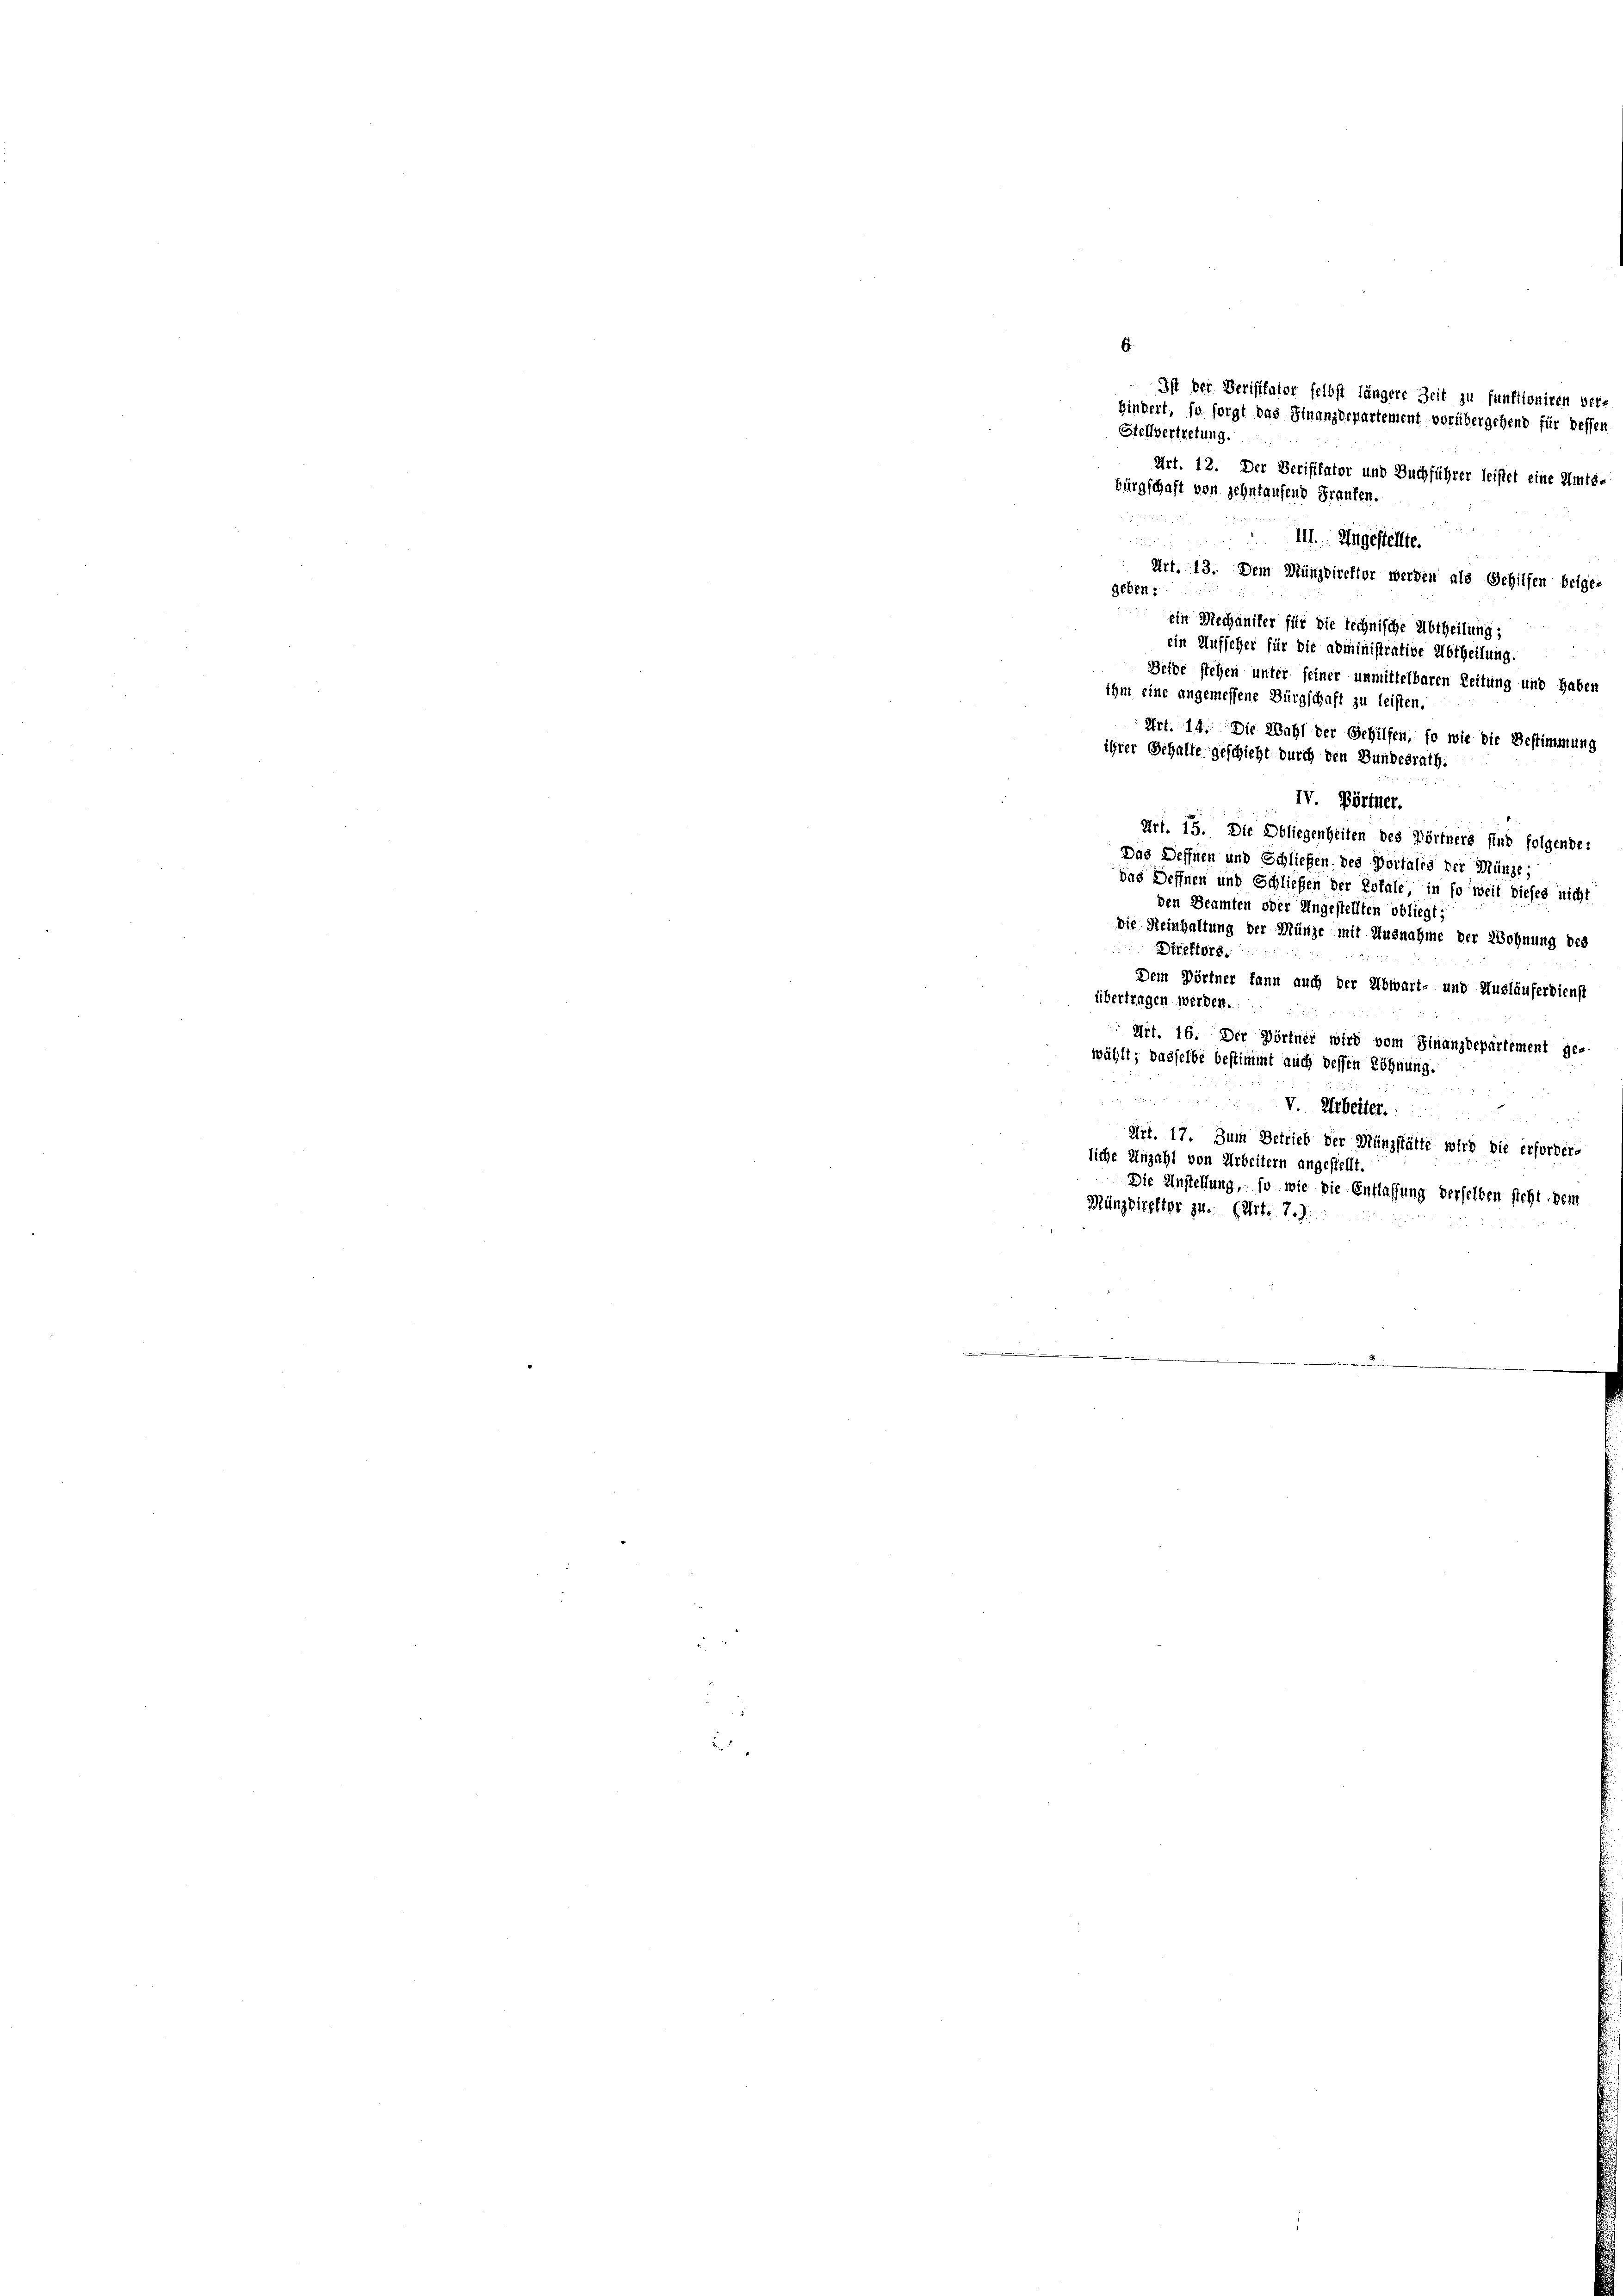
III. Ungestellte.
Art. 13. Dem Münzdirektor werden als Gehilfen beige-
geben:
ein Mechaniker für die technische Abtheilung;
ein Aufseher für die administrative Abtheilung.
Beide stehen unter seiner unmittelbaren Zeitung und haben
Art. 14. Die Wahl der Gehilfen, so wie die Bestimmung
IV. Börtner.
Art. 15. Die Obliegenheiten des Pörtners sind folgende:
Das Deffnen und Schließen. Des Portalis der Münze;
das Seffnen und Schließen der Rotale in so weit dieses nicht
den Beamten oder Ungestellten obliegt;
Die Reinhaltung der Münze mit Ausnahme der Wohnung des
Direktors.
Dem Dörtner kann auch der Abwart- und Ausläuferdienst
übertragen werden.
Art. 16. Der Dörtner wird vom Finanzdepartement ge-
wählt; dasselbe bestimmt auch dessen Löhnung.
V. Arbeiter
Art. 17. Zum Betrieb der Münzstätte wird die erfordere
liche Anzahl von Arbeitern angestellt.
Die Anstellung, so wie die Entlassung derselben steht, dem
Münzdirektor zu. (Art. 7.)

6.
Ist der Berisitator selbst längere Zeit zu funktioniren verz
hindert, so sorgt das Finanzdepartement vorübergehend für dessen
Stellvertretung.
Art. 12. Der Verifikator und Buchführer leistet eine Amts-
birgschaft von sehntaufend Franken.

ihm eine angemessene Bürgschaft zu leisten.

ihrer Schalte geschieht durch den Bundesrath.